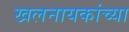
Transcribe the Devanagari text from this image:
खलनायकांच्या